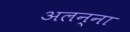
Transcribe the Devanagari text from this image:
अलन्ना